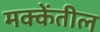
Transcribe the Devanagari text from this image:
मक्केंतील